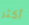
أكثر